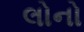
લોનો